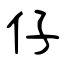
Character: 仔